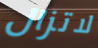
لاتزال